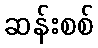
ဆန်းစစ်